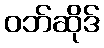
ဝဘ်ဆိုဒ်